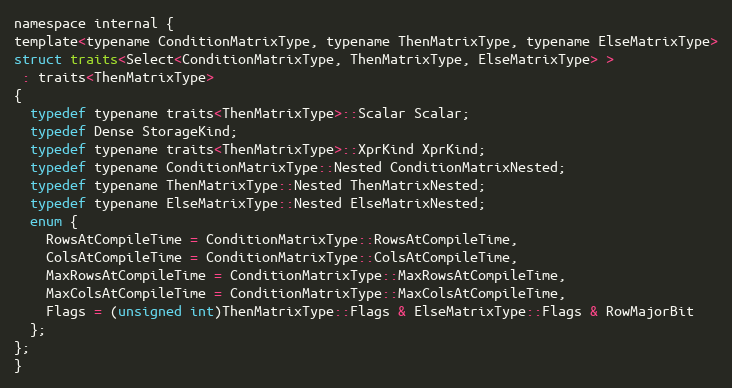
Language: C
namespace internal {
template<typename ConditionMatrixType, typename ThenMatrixType, typename ElseMatrixType>
struct traits<Select<ConditionMatrixType, ThenMatrixType, ElseMatrixType> >
 : traits<ThenMatrixType>
{
  typedef typename traits<ThenMatrixType>::Scalar Scalar;
  typedef Dense StorageKind;
  typedef typename traits<ThenMatrixType>::XprKind XprKind;
  typedef typename ConditionMatrixType::Nested ConditionMatrixNested;
  typedef typename ThenMatrixType::Nested ThenMatrixNested;
  typedef typename ElseMatrixType::Nested ElseMatrixNested;
  enum {
    RowsAtCompileTime = ConditionMatrixType::RowsAtCompileTime,
    ColsAtCompileTime = ConditionMatrixType::ColsAtCompileTime,
    MaxRowsAtCompileTime = ConditionMatrixType::MaxRowsAtCompileTime,
    MaxColsAtCompileTime = ConditionMatrixType::MaxColsAtCompileTime,
    Flags = (unsigned int)ThenMatrixType::Flags & ElseMatrixType::Flags & RowMajorBit
  };
};
}